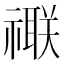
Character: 𥜁